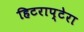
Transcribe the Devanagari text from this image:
हिटराप्टेरा